Treatise on elephants
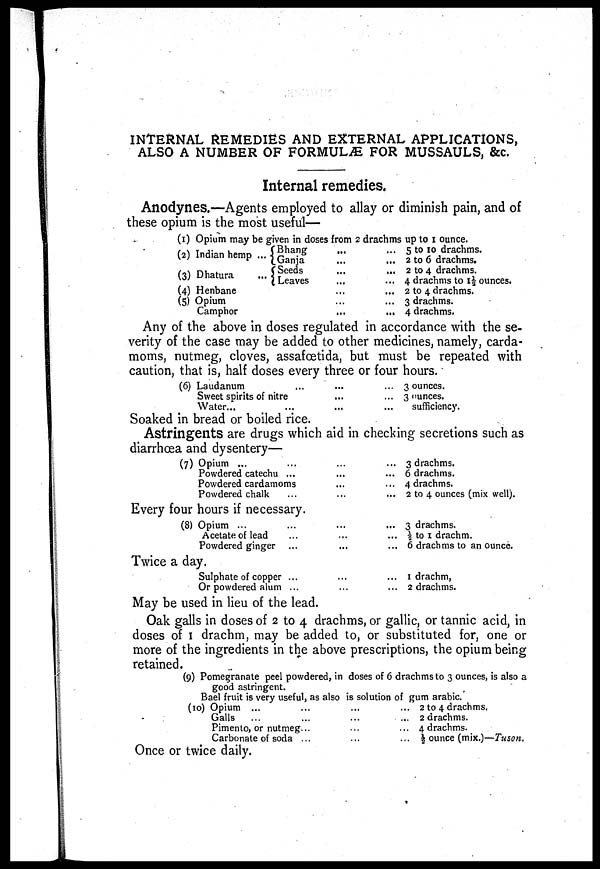
INTERNAL REMEDIES AND EXTERNAL APPLICATIONS,
ALSO A NUMBER OF FORMULÆ FOR MUSSAULS, &c.
Internal remedies.
Anodynes.—Agents employed to allay or diminish pain, and of
these opium is the most useful—
(1) Opium may be given in doses from 2 drachms up to 1 ounce.
(2) Indian hemp ...
(3) Dhatura ...
(4) Henbane
(5) Opium
Camphor
Bhang ...
Ganja ...
Seeds ...
Leaves ...
...
...
...
... 5 to 10 drachms.
... 2 to 6 drachms.
... 2 to 4 drachms.
... 4 drachms to 1½ ounces.
... 2 to 4 drachms.
... 3 drachms.
... 4 drachms.
Any of the above in doses regulated in accordance with the se-
verity of the case may be added to other medicines, namely, carda-
moms, nutmeg, cloves, assafœtida, but must be repeated with
caution, that is, half doses every three or four hours.
(6) Laudanum
Sweet spirits of nitre
Water...
... 3 ounces.
... 3 ounces.
sufficiency.
Soaked in bread or boiled rice.
Astringents are drugs which aid in checking secretions such as
diarrhoea and dysentery—
(7) Opium ...
Powdered catechu ...
Powdered cardamoms
Powdered chalk
... 3 drachms.
... 6 drachms.
... 4 drachms.
... 2 to 4 ounces (mix well).
Every four hours if necessary.
(8) Opium ... ... ... ...
Acetate of lead ... ... ...
Powdered ginger ... ... ...
3 drachms.
½ to I drachm.
6 drachms to an ounce.
Twice a day.
Sulphate of copper ... ... ...
Or powdered alum ... ... ...
1 drachm,
2 drachms.
May be used in lieu of the lead.
Oak galls in doses of 2 to 4 drachms, or gallic, or tannic acid, in
doses of I drachm, may be added to, or substituted for, one or
more of the ingredients in the above prescriptions, the opium being
retained.
(9) Pomegranate peel powdered, in doses of 6 drachms to 3 ounces,is also a
good astringent.
Bael fruit is very useful, as also is solution of gum arabic.
(10) Opium ...
...
...
Galls
...
...
...
Pimento, or nutmeg... ... ...
Carbonate of soda ...
... ...
2 to 4 drachms.
2 drachms.
4 drachms.
½ ounce (mix.) ––Tuson.
Once or twice daily.